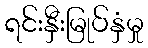
ရင်းနှီးမြုပ်နှံမှု